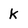
Character: k